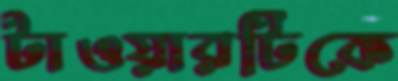
টাওয়ারটিকে